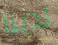
لدينا